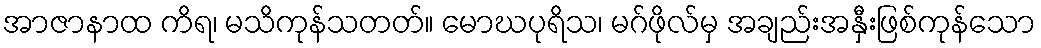
အာဇာနာထ ကိရ၊ မသိကုန်သတတ်။ မောဃပုရိသ၊ မဂ်ဖိုလ်မှ အချည်းအနှီးဖြစ်ကုန်သော